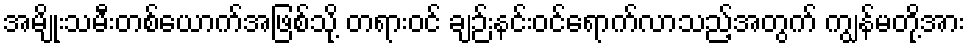
အမျိုးသမီးတစ်ယောက်အဖြစ်သို့ တရားဝင် ချဉ်းနင်းဝင်ရောက်လာသည့်အတွက် ကျွန်မတို့အား